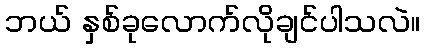
ဘယ် နှစ်ခုလောက်လိုချင်ပါသလဲ။